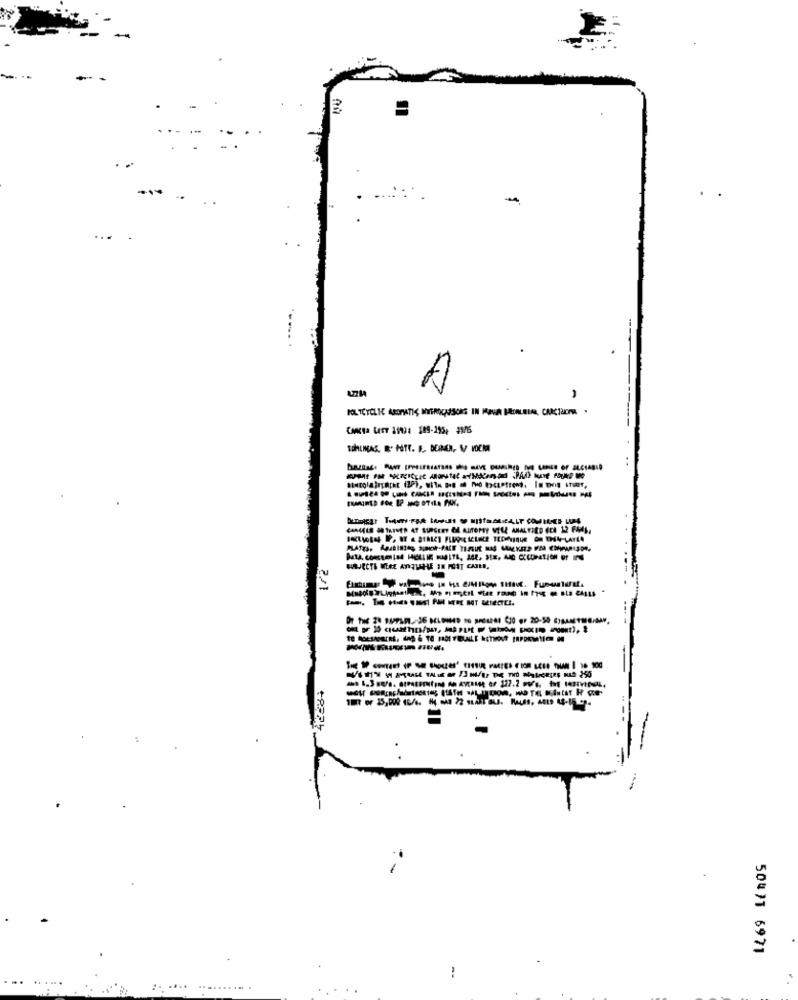
-
...
1
CANCELE J THINER AT SURGERY EL AUTOMAT VELL ANALTIED CCA 12 FANS,
172
-- -
-
=
50477 6971
...